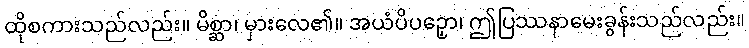
ထိုစကားသည်လည်း။ မိစ္ဆာ၊ မှားလေ၏။ အယံပိပဉှော၊ ဤပြဿနာမေးခွန်းသည်လည်း။